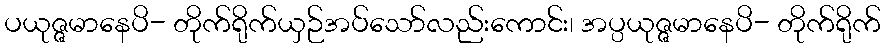
ပယုဇ္ဇမာနေပိ- တိုက်ရိုက်ယှဉ်အပ်သော်လည်းကောင်း၊ အပ္ပယုဇ္ဇမာနေပိ- တိုက်ရိုက်